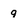
Character: 9